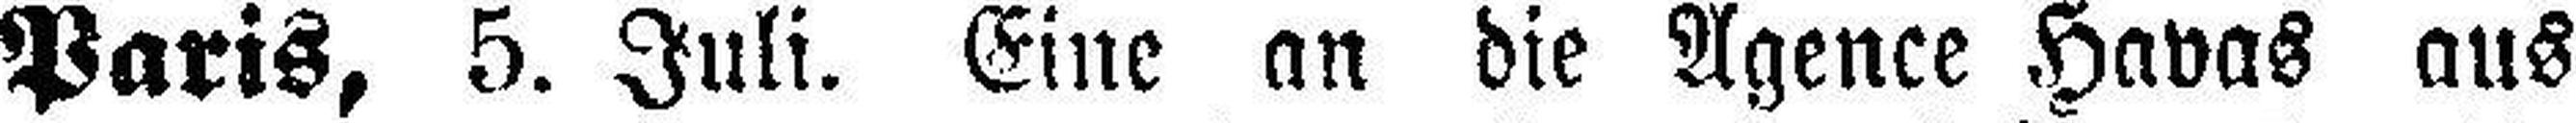
Paris, 5. Juli. Eine an die Agence Havas aus